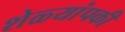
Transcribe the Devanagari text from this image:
शेळ्यांपकी